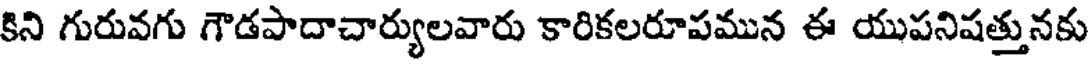
కిని గురువగు గౌడపాదాచార్యులవారు కారికలరూపమున ఈ యుపనిషత్తునకు